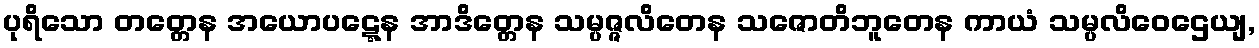
ပုရိသော တတ္တေန အယောပဋ္ဋေန အာဒိတ္တေန သမ္ပဇ္ဇလိတေန သဇောတိဘူတေန ကာယံ သမ္ပလိဝေဌေယျ,